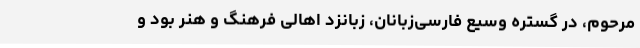
مرحوم، در گستره وسیع فارسی‌زبانان، زبانزد اهالی فرهنگ و هنر بود و